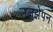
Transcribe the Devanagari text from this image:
उलझेपन